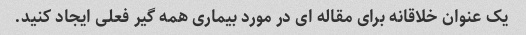
یک عنوان خلاقانه برای مقاله ای در مورد بیماری همه گیر فعلی ایجاد کنید.